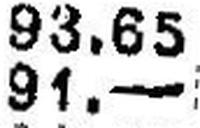
91.—